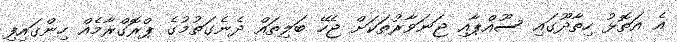
އެ އަތޮޅު ހިތާދޫގައި ސޫއްޕާއި ޖަނަވާރުތަކަށް ޖެހޭ ބަލިތައް ދެނެގަތުމުގެ ޕްރޮގްރާމެއް ހިންގައިފި